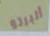
ألبرتو